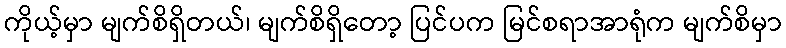
ကိုယ့်မှာ မျက်စိရှိတယ်၊ မျက်စိရှိတော့ ပြင်ပက မြင်စရာအာရုံက မျက်စိမှာ